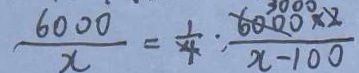
\frac { 6 0 0 0 } { x } = \frac { 1 } { 4 } \cdot \frac { 6 0 0 0 \times 2 } { x - 1 0 0 }